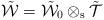
\begin{align*}\tilde{\cal W}=\tilde{\cal W}_0\otimes_{\rm s}\tilde{{\cal T}}\end{align*}